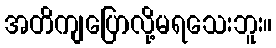
အတိကျပြောလို့မရသေးဘူး။